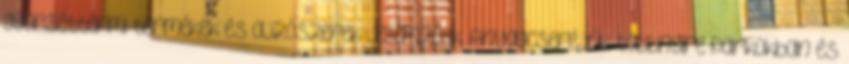
gyorséttermi termékek és ajzószerek jellemzőek. Anyagcseréjük többnyire parkokban és